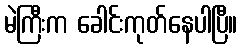
မဲကြီးက ခေါင်းကုတ်နေပါပြီ။